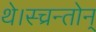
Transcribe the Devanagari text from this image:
थे।स्च्रन्तोन्